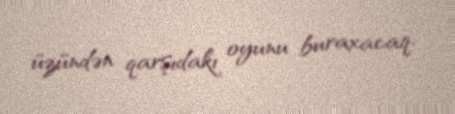
üzündən qarşıdakı oyunu buraxacaq.